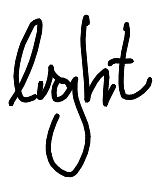
Text: light
Cross-out: clean
Writing tool: digital_black